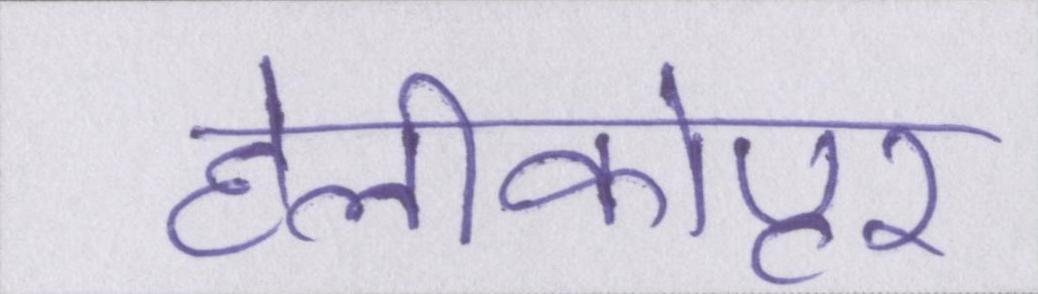
हेलीकोप्टर